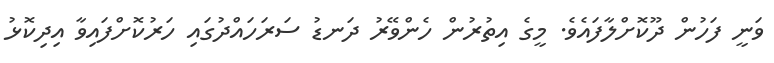
ވަނީ ފަހުން ދޫކޮށްލާފައެވެ. މީގެ އިތުރުން ހެންވޭރު ދަނޑު ސަރަހައްދުގައި ހަރުކޮށްފައިވާ އިިދިކޮޅު